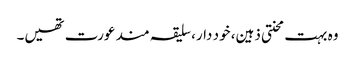
وہ بہت محنتی ذہین، خود دار، سلیقہ مند عورت تھیں۔